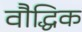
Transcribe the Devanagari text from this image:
वौद्धिक